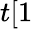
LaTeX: t[1